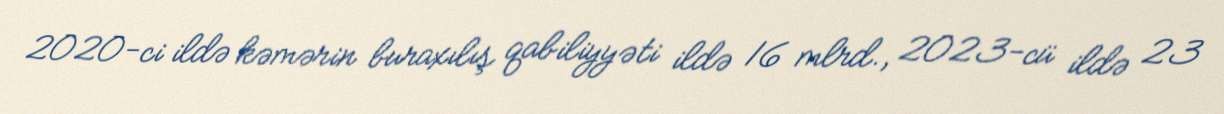
2020-ci ildə kəmərin buraxılış qabiliyyəti ildə 16 mlrd., 2023-cü ildə 23